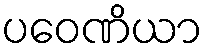
ပဝေဏိယာ